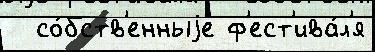
  со́бств'енныjе ф'ест'ива́л'я